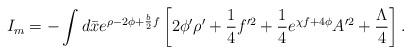
LaTeX: \begin{align*}I_m = - \int d \bar{x} e^{\rho - 2 \phi + \frac{b}{2} f}\left[ 2 \phi^{\prime} \rho^{\prime} + \frac{1}{4} f^{\prime 2}+ \frac{1}{4} e^{\chi f + 4 \phi} A^{\prime 2} + \frac{\Lambda}{4} \right] .\end{align*}